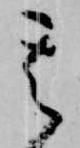
其